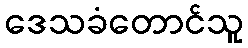
ဒေသခံတောင်သူ